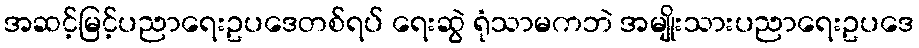
အဆင့်မြင့်ပညာရေးဥပဒေတစ်ရပ် ရေးဆွဲ ရုံသာမကဘဲ အမျိုးသားပညာရေးဥပဒေ